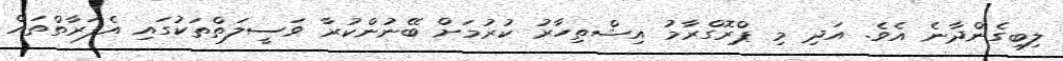
ލިބިގެންދާނެ އެވެ. އަދި މި ޕްރޮގްރާމު އިޝްތިހާރު ކުރުމަށް ބޭނުންކުރާ ވަސީލަތްތަކުގައި އެފަރާތްތައް